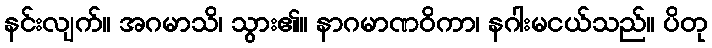
နင်းလျက်။ အဂမာသိ၊ သွား၏။ နာဂမာဏဝိကာ၊ နဂါးမငယ်သည်။ ပိတု